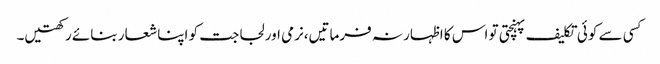
کسی سے کوئی تکلیف پہنچتی تو اس کا اظہار نہ فرماتیں،نرمی اور لجاجت کو اپنا شعار بنائے رکھتیں۔